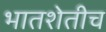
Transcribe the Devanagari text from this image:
भातशेतीच